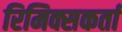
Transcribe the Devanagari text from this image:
रिमिक्सकर्ता